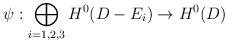
LaTeX: \begin{align*} \psi:\bigoplus_{i=1,2,3} H^0(D-E_i)\to H^0(D) \end{align*}